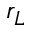
r _ { L }